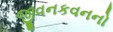
જીવનકવનનો